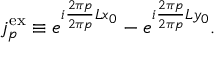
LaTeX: j _ { p } ^ { \mathrm { e x } } \equiv e ^ { i \frac { 2 \pi p } { 2 \pi p } { L } x _ { 0 } } - e ^ { i \frac { 2 \pi p } { 2 \pi p } { L } y _ { 0 } } .